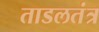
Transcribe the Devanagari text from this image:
ताडलतंत्र